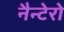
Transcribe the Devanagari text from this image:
नैन्टेरो